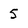
Character: 5